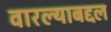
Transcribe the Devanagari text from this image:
वारल्याबद्दल